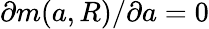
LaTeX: \partial m({a},R)/\partial{a}=0